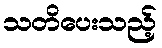
သတိပေးသည့်